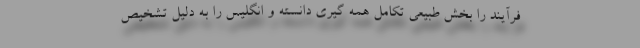
فرآیند را بخش طبیعی تکامل همه گیری دانسته و انگلیس را به دلیل تشخیص